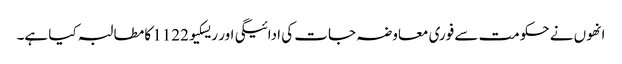
انھوں نے حکومت سے فوری معاوضہ جات کی ادائیگی اور ریسکیو1122 کا مطالبہ کیا ہے۔